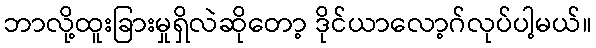
ဘာလို့ထူးခြားမှုရှိလဲဆိုတော့ ဒိုင်ယာလော့ဂ်လုပ်ပါ့မယ်။